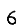
Digit: 6